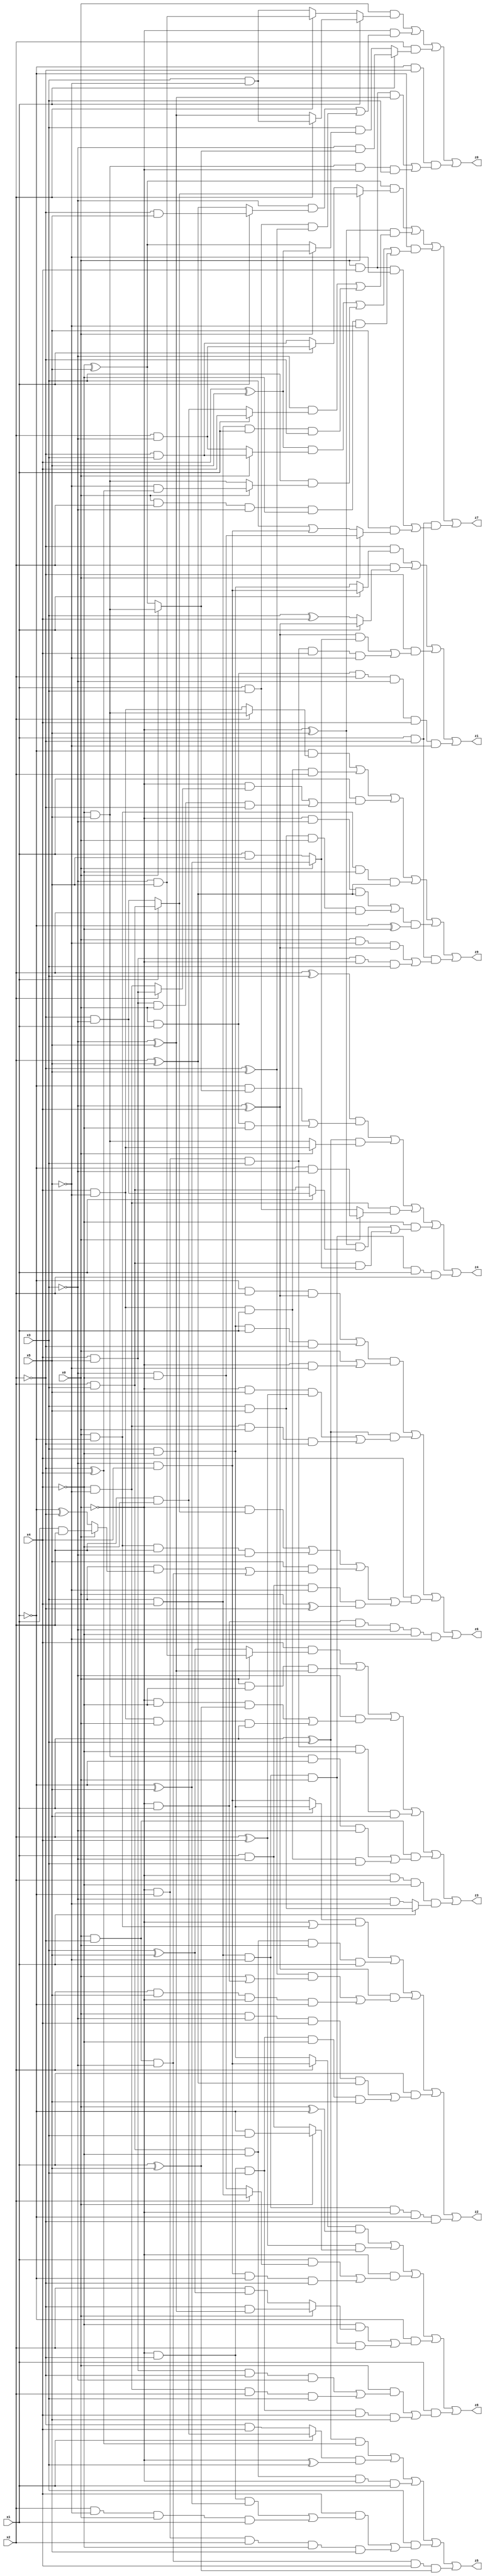
// Benchmark "X_40" written by ABC on Mon Jun 05 19:34:14 2023

module X_40 ( 
    x0, x1, x2, x3, x4, x5,
    z0, z1, z2, z3, z4, z5, z6, z7, z8, z9  );
  input  x0, x1, x2, x3, x4, x5;
  output z0, z1, z2, z3, z4, z5, z6, z7, z8, z9;
  assign z0 = (x0 & (x1 ? (x2 ? (x3 & ~x5) : (~x3 ^ x5)) : (x2 ? (~x3 & x5) : (x3 & ~x5)))) | (~x0 & ((~x3 & (x1 ? (~x2 & x5) : (x2 ^ x5))) | (x1 & x3 & (~x2 ^ x5)))) | (x2 & (x1 ? (~x3 & (x0 ? (~x4 & x5) : (~x4 ^ x5))) : (x3 & (x0 ? (x4 ^ x5) : (~x4 ^ x5))))) | (~x1 & ~x2 & ((x0 & x4 & (~x3 ^ x5)) | (~x4 & x5 & ~x0 & x3)));
  assign z1 = (~x2 & (x1 ? (~x3 & x4) : (x3 & ~x4))) | (x2 & (x1 ? (~x3 ^ x4) : (x3 ^ x4))) | (~x2 & (((~x3 ^ x4) & (x0 ? (~x1 ^ x5) : (x1 & x5))) | (~x0 & ~x1 & x3 & x4 & ~x5))) | (x0 & x1 & x2 & ~x3 & x4 & ~x5);
  assign z2 = ((x2 ? (x3 & ~x4) : (~x3 & x4)) & (~x0 | (x0 & ~x1))) | (x2 & x3 & ~x4 & x0 & x1) | ((~x3 ^ x4) & (((~x2 ^ x5) & (x0 | (~x0 & x1))) | (x2 & x5 & ~x0 & ~x1))) | (x1 & ((x0 & ~x3 & x4 & (x2 ^ x5)) | (~x0 & ~x2 & x3 & ~x4 & x5))) | (x3 & x4 & ~x5 & ~x0 & ~x1 & ~x2);
  assign z3 = (x4 & (x0 ? (~x3 & x5) : (x3 ^ x5))) | (x0 & ~x4 & (~x3 ^ x5)) | (~x3 & ((~x0 & ~x4 & (x1 ^ x5)) | (x4 & ~x5 & x0 & x1))) | (~x0 & ~x1 & x3 & ~x4 & x5) | (x0 & ~x2 & ((~x4 & x5 & ~x1 & ~x3) | (x4 & ~x5 & x1 & x3))) | (~x0 & x2 & ~x4 & (x1 ? (x3 & x5) : (~x3 & ~x5)));
  assign z4 = ((x2 ^ x3) & ((~x1 & (x0 ? (~x4 & x5) : (~x4 ^ x5))) | (x0 & x1 & ~x4))) | ((x1 ^ x3) & (x0 ? (x4 & ~x5) : (~x4 & x5))) | (~x4 & ~x5 & (x0 ? (~x1 & ~x3) : (x1 & x3))) | (~x4 & (((~x0 ^ x5) & (x1 ? (~x2 & ~x3) : (x2 & x3))) | (x2 & x3 & (x0 ? (~x1 ^ x5) : (x1 & x5))))) | (x3 & x4 & ~x5 & x0 & x1 & x2);
  assign z5 = ((x1 ^ x3) & (~x2 ^ x4)) | ((x1 ? (x2 & ~x4) : (~x2 & x4)) & (~x0 ^ x3)) | (x2 & x3 & ~x4 & ~x0 & x1) | (x3 & ((x4 & ((~x0 & ~x2 & (~x1 ^ x5)) | (x2 & ~x5 & x0 & x1))) | (~x0 & ~x1 & x2 & ~x4 & x5))) | (x0 & ~x2 & ~x3 & x4 & (x1 ^ x5));
  assign z6 = (((~x1 & x2 & (~x3 ^ x4)) | (x3 & ~x4 & x1 & ~x2)) & (x0 | (~x0 & ~x5))) | ((x1 ^ x3) & ((~x0 & x5 & (x2 ^ x4)) | (~x4 & ~x5 & x0 & ~x2))) | (x4 & ((~x0 & (x1 ? (x2 & x3) : (~x2 & ~x3))) | (x0 & ~x1 & x2 & ~x3) | (x5 & ((x3 & (x0 ? (x1 & x2) : (~x1 ^ ~x2))) | (x0 & ~x2 & ~x3))) | (x1 & ~x3 & ~x5 & (x0 ^ ~x2)))) | (~x0 & x1 & x2 & ~x3 & ~x4 & ~x5);
  assign z7 = ((~x4 ^ x5) & (x0 ? (x1 ? (x2 & x3) : (~x2 & ~x3)) : (x1 ? (x2 & ~x3) : (~x2 & x3)))) | ((~x0 ^ x5) & ((~x3 & (x1 ? x4 : (x2 & ~x4))) | (x3 & x4 & x1 & ~x2))) | (~x1 & (((x4 ^ x5) & (x0 ? (~x2 & x3) : (x2 & ~x3))) | (x3 & (x0 ? (~x5 & (~x2 ^ x4)) : (~x4 & x5))) | (x0 & x2 & ~x3 & ~x4 & ~x5))) | (x1 & ~x2 & ((x0 & x4 & ~x5) | (x5 & (x0 ? (~x3 & ~x4) : (x3 | (~x3 & x4))))));
  assign z8 = ((x2 ? (~x3 & x4) : (x3 & ~x4)) & (x0 ^ ~x1)) | ((x2 ^ x4) & (x0 ? (~x1 & x3) : (x1 & ~x3))) | (~x0 & ((x1 & (x2 ? (x3 & x4) : (~x3 & ~x4))) | (~x3 & x4 & ~x1 & ~x2))) | (~x1 & ((~x4 & (x0 ? (~x2 & (~x3 ^ x5)) : (x2 & (x3 ^ x5)))) | (x3 & x4 & ~x5 & x0 & x2))) | (x1 & ((x0 & ((x4 & x5 & ~x2 & ~x3) | (~x4 & ~x5 & x2 & x3))) | (~x0 & ~x2 & x3 & x4 & x5)));
  assign z9 = (~x1 & (x2 ? (~x4 & x5) : (x4 & ~x5))) | (x4 & ~x5 & x1 & x2) | (x1 & ((~x0 & (x2 ? (x4 & x5) : (~x4 & ~x5))) | (x4 & x5 & x0 & ~x2))) | (x0 & ~x1 & ~x4 & (x2 ^ x5)) | (((~x0 & ~x3 & (x2 ^ x5)) | (x3 & x5 & x0 & x2)) & (~x1 ^ ~x4)) | (x1 & ~x2 & ((x0 & ~x5 & (~x3 ^ x4)) | (x4 & x5 & ~x0 & x3)));
endmodule